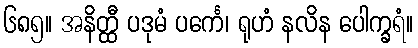
၆၈၅။ အနိတ္ထီ ပဒုမံ ပင်္ကေ၊ ရုဟံ နလိန ပေါက္ခရံ။